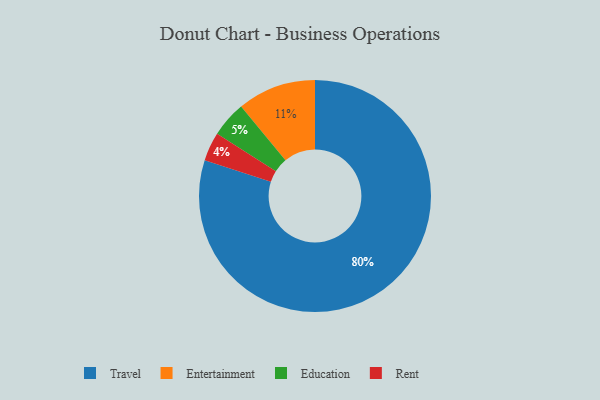
{"axis": {"x": "Category", "y": "Percentage"}, "legend": ["Education", "Entertainment", "Rent", "Travel"], "data": [{"x": "Travel", "y": 80, "type": "Travel"}, {"x": "Entertainment", "y": 11, "type": "Entertainment"}, {"x": "Rent", "y": 4, "type": "Rent"}, {"x": "Education", "y": 5, "type": "Education"}]}